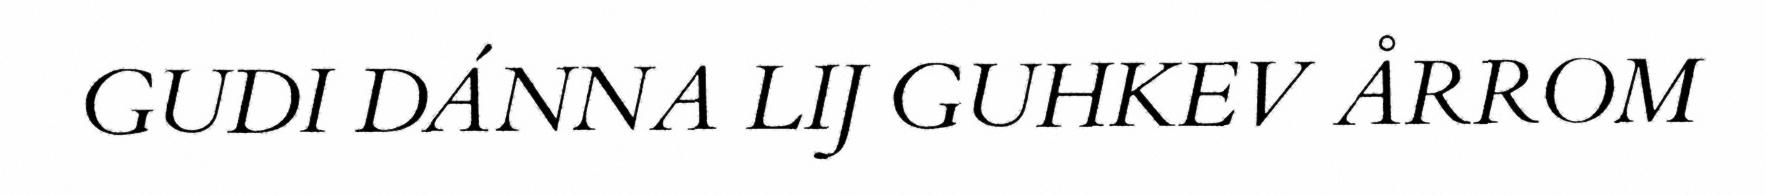
GUDI DÁNNA LIJ GUHKEV ÅRROM